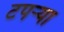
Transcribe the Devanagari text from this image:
टपर्‍या